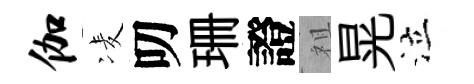
伽凌叨珊證祖晃泣